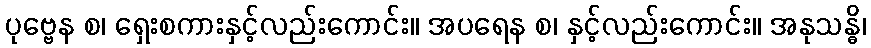
ပုဗ္ဗေန စ၊ ရှေးစကားနှင့်လည်းကောင်း။ အပရေန စ၊ နှင့်လည်းကောင်း။ အနုသန္ဓိ၊